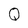
Character: Q